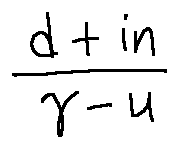
\frac { d + i n } { \gamma - u }